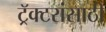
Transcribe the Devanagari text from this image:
ट्रॅक्टरांसाठी